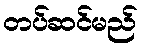
တပ်ဆင်မည်